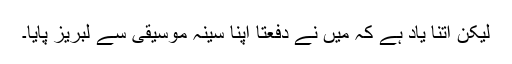
لیکن اتنا یاد ہے کہ میں نے دفعتاً اپنا سینہ موسیقی سے لبریز پایا۔